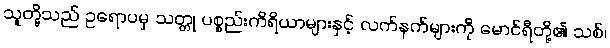
သူတို့သည် ဥရောပမှ သတ္တု ပစ္စည်းကိရိယာများနှင့် လက်နက်များကို မောင်ရီတို့၏ သစ်၊